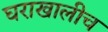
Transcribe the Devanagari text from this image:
घराखालीच